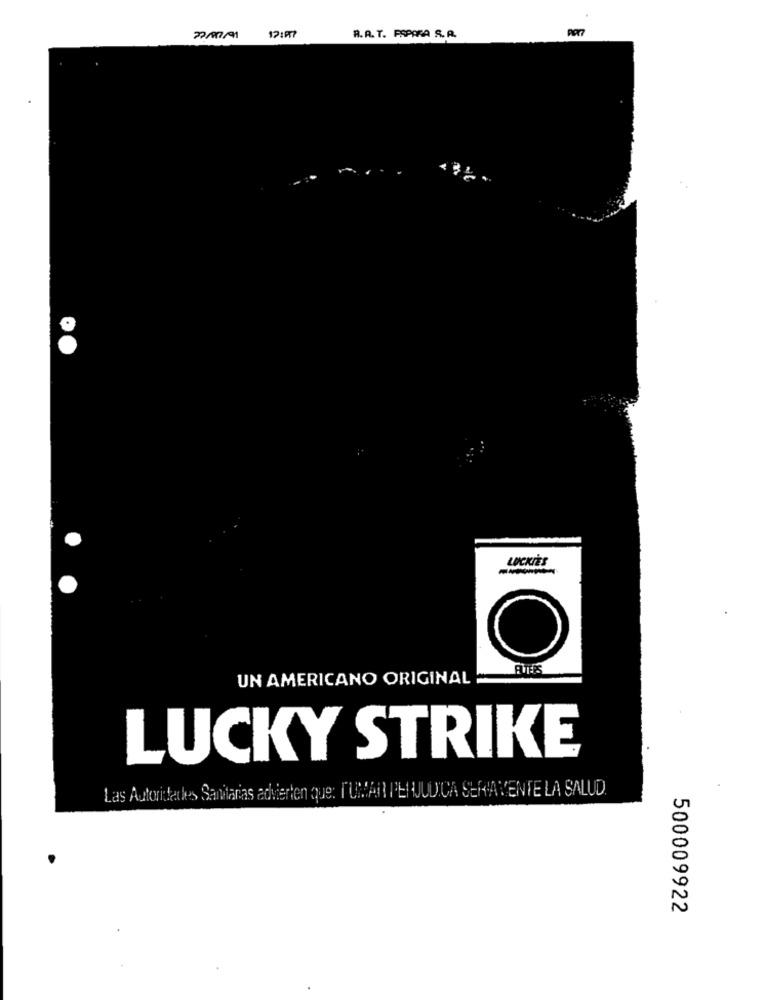
por7
22/07/91
12:₱7
R.A. T. PSPARA S.A.
LUCKIES
O
UN AMERICANO ORIGINAL
LUCKY STRIKE
Las Autoridades Sanitarias advierten que: TUMAN PERJUDICA SERAVENTE LA SALUD
500009922